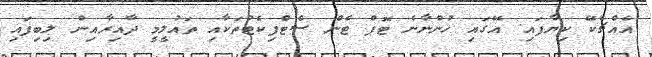
އެއްޗެކޭ ކިޔާފައި. އޭގައި ހުންނާނެ ޓޮޕް ޓެން ސެޓްފިކެޓުތަކާއި ތައުލީމީ ދާއިރާއިން ލިބިފައި